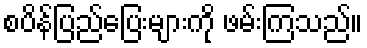
စပိန်ပြည်ပြေးများကို ဖမ်းကြသည်။